Annual administration report of the Civil Veterinary Department of India - 1909-1910
Year: 1909
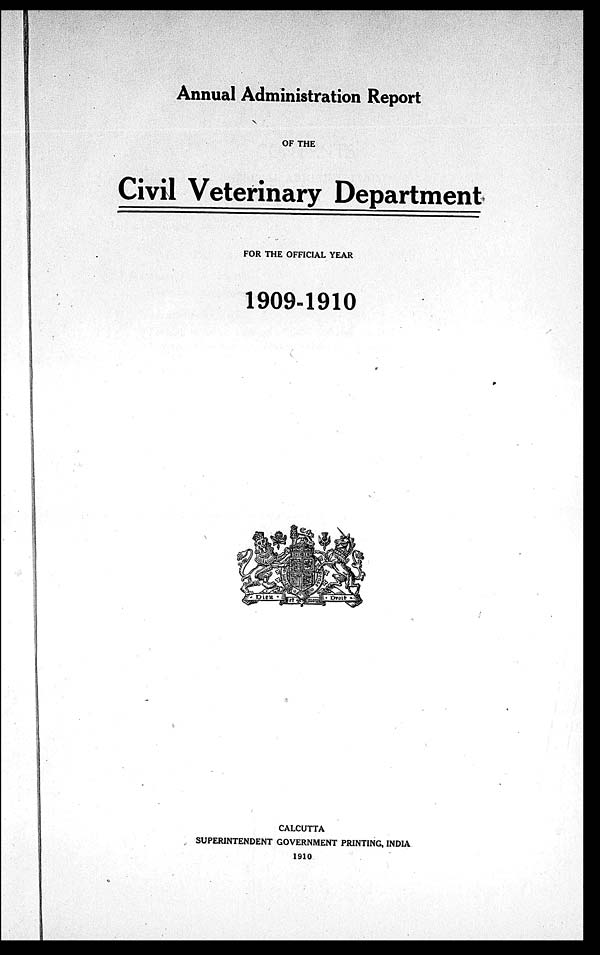
Annual Administration Report
OF THE
Civil Veterinary Department
FOR THE OFFICIAL YEAR
1909-1910
CALCUTTA
SUPERINTENDENT GOVERNMENT PRINTING, INDIA
1910